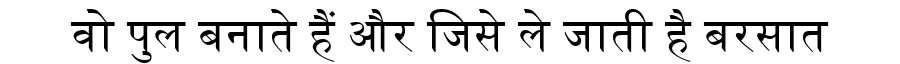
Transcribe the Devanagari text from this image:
वो पुल बनाते हैं और जिसे ले जाती है बरसात